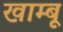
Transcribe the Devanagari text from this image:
खाम्बू